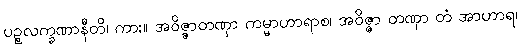
ပဉ္စလက္ခဏာနီတိ၊ ကား။ အဝိဇ္ဇာတဏှာ ကမ္မာဟာရာစ၊ အဝိဇ္ဇာ တဏှာ တံ အာဟာရ၊